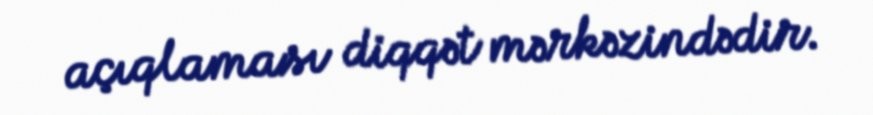
açıqlaması diqqət mərkəzindədir.